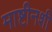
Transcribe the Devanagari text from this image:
माष्टीनशी